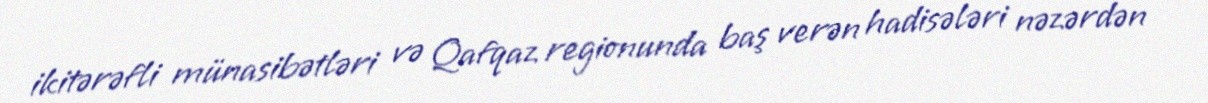
ikitərəfli münasibətləri və Qafqaz regionunda baş verən hadisələri nəzərdən